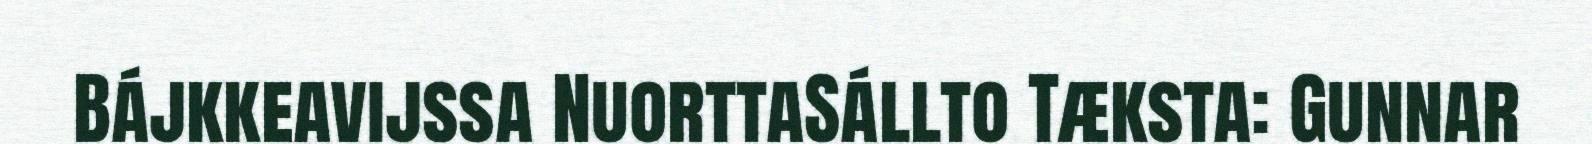
Bájkkeavijssa NuorttaSállto Tæksta: Gunnar